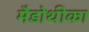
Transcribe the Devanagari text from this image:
मैडोथीका